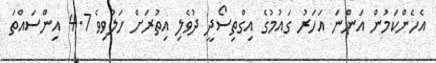
އެހެންކަމުން އަންނަ އަހަރު ގައުމުގެ އިގްތިސޯދީ ދުވެލި އިތުރަށް ހަލުވިވެ 4.7 އިންސައްތަ